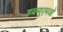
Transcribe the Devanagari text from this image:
डब्ल्यूएमओ